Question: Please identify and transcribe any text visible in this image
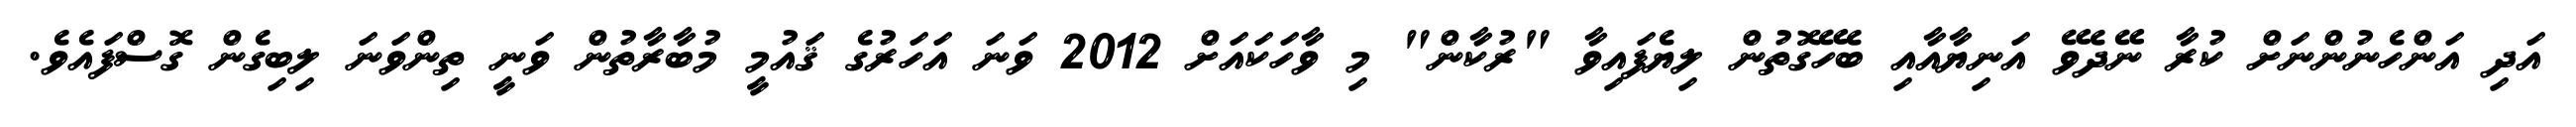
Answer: އަދި އަންހެނުންނަށް ކުރާ ނޭދެވޭ އަނިޔާއާއި ބެހޭގޮތުން ލިޔެފައިވާ "ރުކާން" މި ވާހަކައަށް 2012 ވަނަ އަހަރުގެ ޤައުމީ މުބާރާތުން ވަނީ ތިންވަނަ ލިބިގެން ގޮސްފައެވެ.